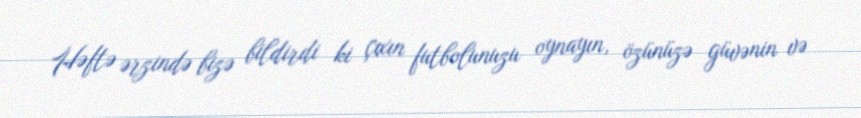
Həftə ərzində bizə bildirdi ki çıxın futbolunuzu oynayın, özünüzə güvənin və